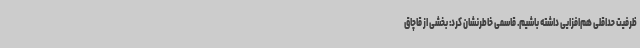
ظرفیت حداقلی هم‌افزایی داشته باشیم. قاسمی خاطرنشان کرد: بخشی از قاچاق